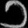
Digit: ၁